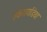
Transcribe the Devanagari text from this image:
क्लेरायडिया